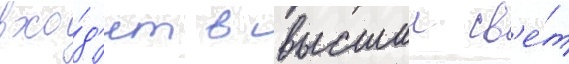
вхо́д'ит в высшии св'е́т